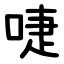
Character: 啑